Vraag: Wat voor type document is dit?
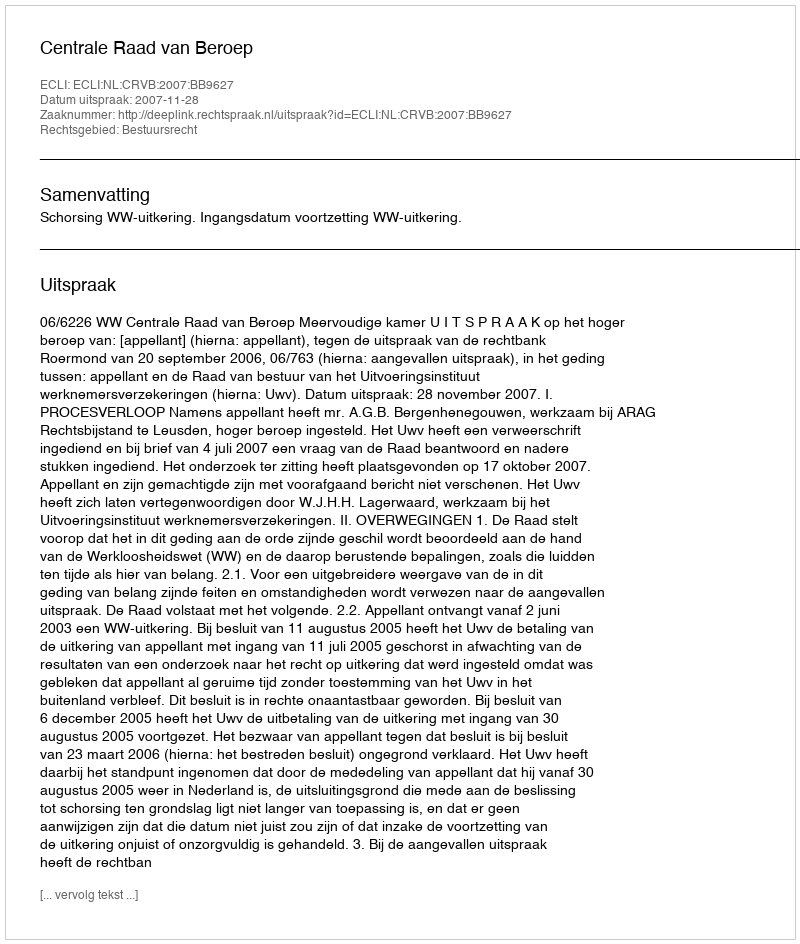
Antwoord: Uitspraak